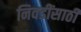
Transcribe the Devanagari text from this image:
निवडींसाठी